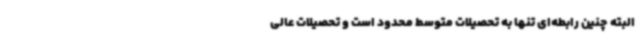
البته چنین رابطه‌ای تنها به تحصیلات متوسط محدود است و تحصیلات عالی